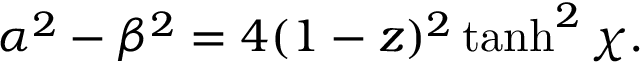
\alpha ^ { 2 } - \beta ^ { 2 } = 4 ( 1 - z ) ^ { 2 } \operatorname { t a n h } ^ { 2 } \chi .